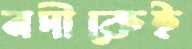
নদীকেই